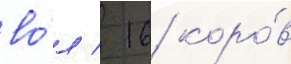
во́л / 16 коро́в